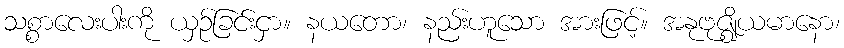
သစ္စာလေးပါးကို ယှဉ်ခြင်းငှာ။ နယတော၊ နည်းဟူသော အားဖြင့်။ အနုဗုဇ္ဈိယမာနော၊